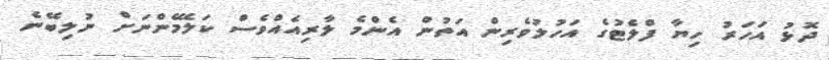
ދޮޅު އަހަރު ހިޔާ ފްލެޓުގެ އަހުލުވެރިން އަތުން އެންމެ ލާރިއެއްވެސް ކަލޭމެންނަށް ނުލިބޭނެ